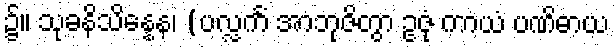
၌။ သုခနိသိန္နေန၊ (ပလ္လင်္ကံ အာဘုဇိတွာ ဥဇုံ ကာယံ ပဏိဓာယ